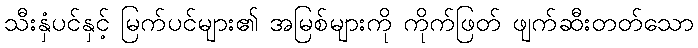
သီးနှံပင်နှင့် မြက်ပင်များ၏ အမြစ်များကို ကိုက်ဖြတ် ဖျက်ဆီးတတ်သော